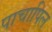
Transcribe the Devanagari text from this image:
पाचापिल